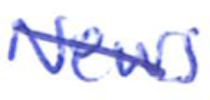
Text: News
Cross-out: diagonal
Writing tool: ballpoint